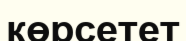
көрсетет